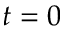
t = 0